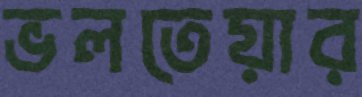
ভলতেয়ার